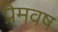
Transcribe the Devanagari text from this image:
प्रेमवष